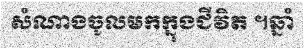
សំណាងចូលមកក្នុងជីវិត ។ឆ្នាំ